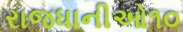
રાજધાનીઓ૧૦